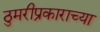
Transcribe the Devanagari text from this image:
ठुमरीप्रकाराच्या